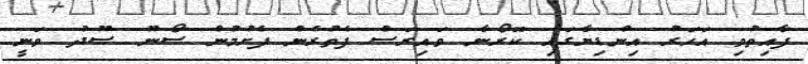
ފާއިތުވި އަހަރު އިންޑިޔާގައި ކޮރޯނާ ވައިރަސް ފެތުރެން ފެށުމުން ސޯނޫ ސޫދު ވަނީ